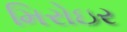
મિરોઇર